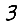
Digit: 3